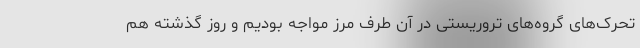
تحرک‌های گروه‌های تروریستی در آن طرف مرز مواجه بودیم و روز گذشته هم